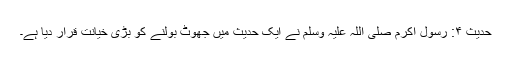
حدیث ۴: رسول اکرم صلی اللہ علیہ وسلم نے ایک حدیث میں جھوٹ بولنے کو بڑی خیانت قرار دیا ہے۔